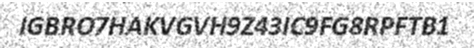
IGBRO7HAKVGVH9Z43IC9FG8RPFTB1